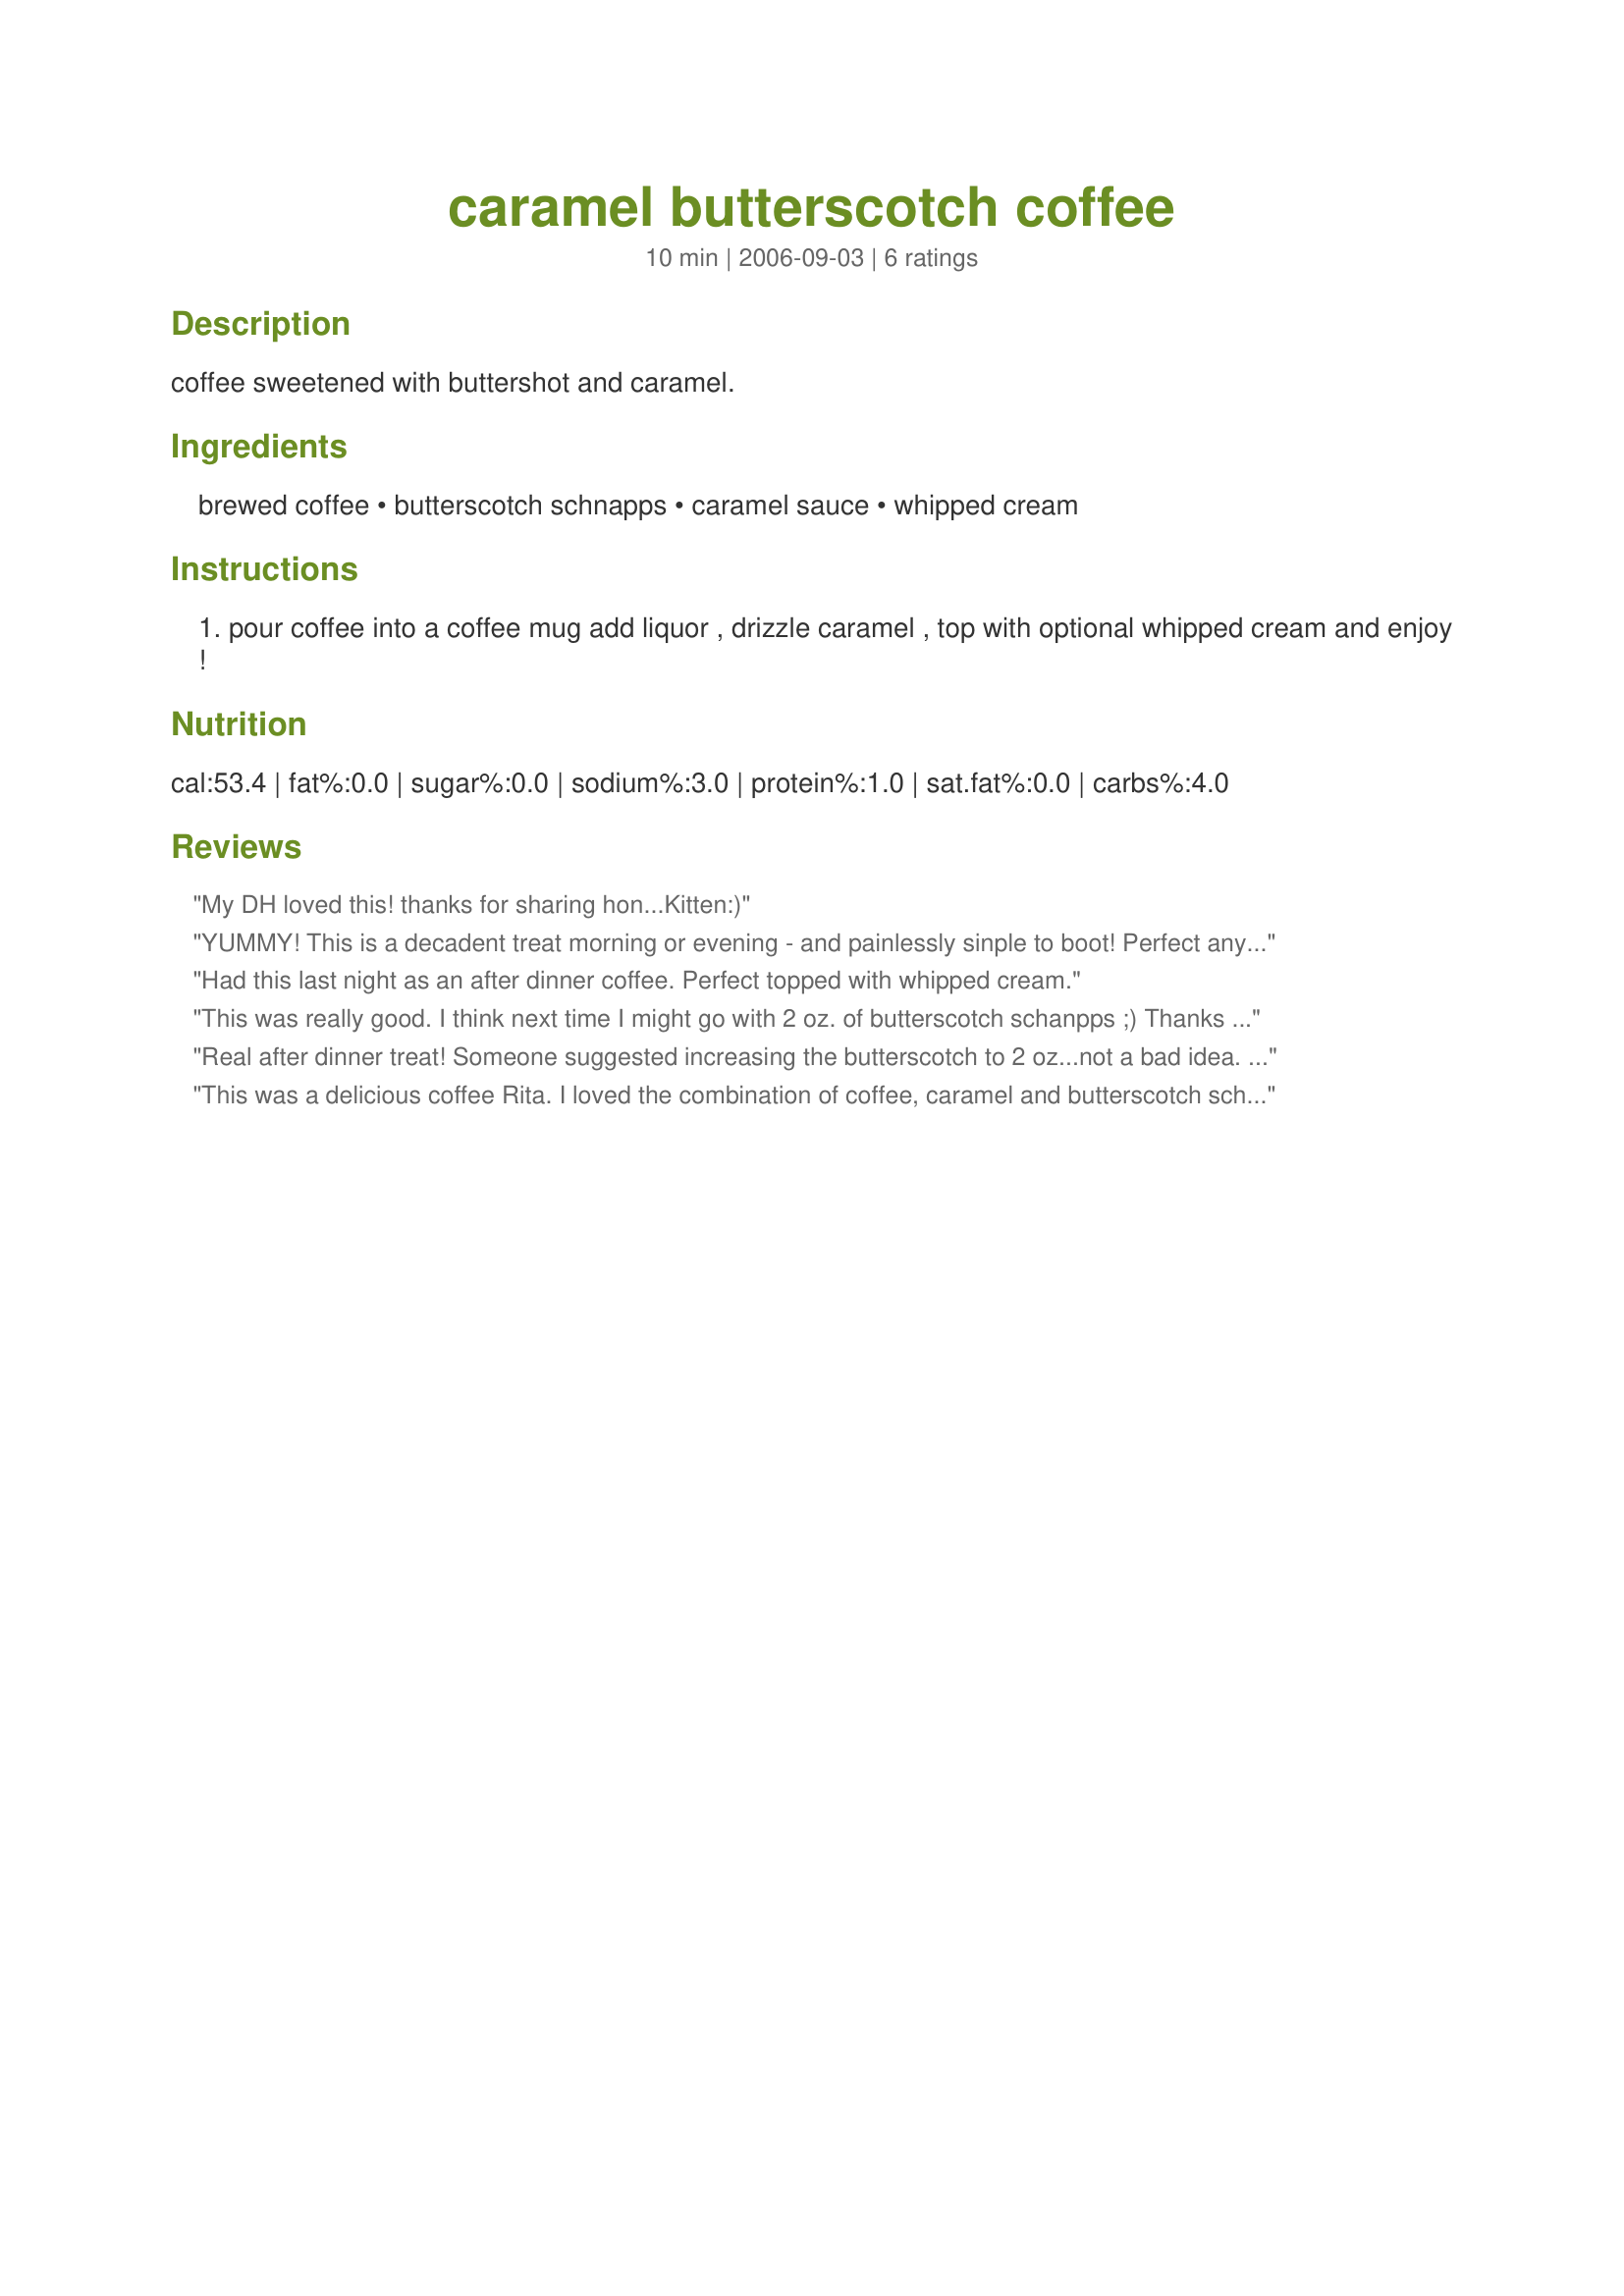
caramel butterscotch coffee
Preparation time: 10 minutes

coffee sweetened with buttershot and caramel.

Ingredients:
brewed coffee, butterscotch schnapps, caramel sauce, whipped cream

Steps:
pour coffee into a coffee mug add liquor , drizzle caramel , top with optional whipped cream and enjoy !

Reviews:
My DH loved this! thanks for sharing hon...Kitten:)
YUMMY! This is a decadent treat morning or evening - and painlessly sinple to boot! Perfect anytime you need a quick pick me up or to feel "soothed". I just LOVE anything I can use my Butterscotch schnapps in! ;) Thanks for posting!
Had this last night as an after dinner coffee. Perfect topped with whipped cream.
This was really good. I think next time I might go with 2 oz. of butterscotch schanpps ;) Thanks Rita!
Real after dinner treat! Someone suggested increasing the butterscotch to 2 oz...not a bad idea. The cream topping is a must!
This was a delicious coffee Rita. I loved the combination of coffee, caramel and butterscotch schnapps. A perfect sweet coffee, smooth and creamy. I garnished it with whipped cream and homemade caramel sauce.
